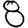
Digit: 8